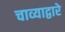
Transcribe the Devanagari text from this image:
चाव्याद्वारे